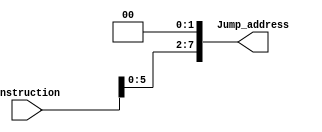
module SL2 (

    input   [31:0]  Instruction,

    output  [7:0]   Jump_address

);

    assign Jump_address = Instruction[5:0] << 2;

endmodule